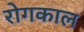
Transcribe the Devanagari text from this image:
रोगकाल